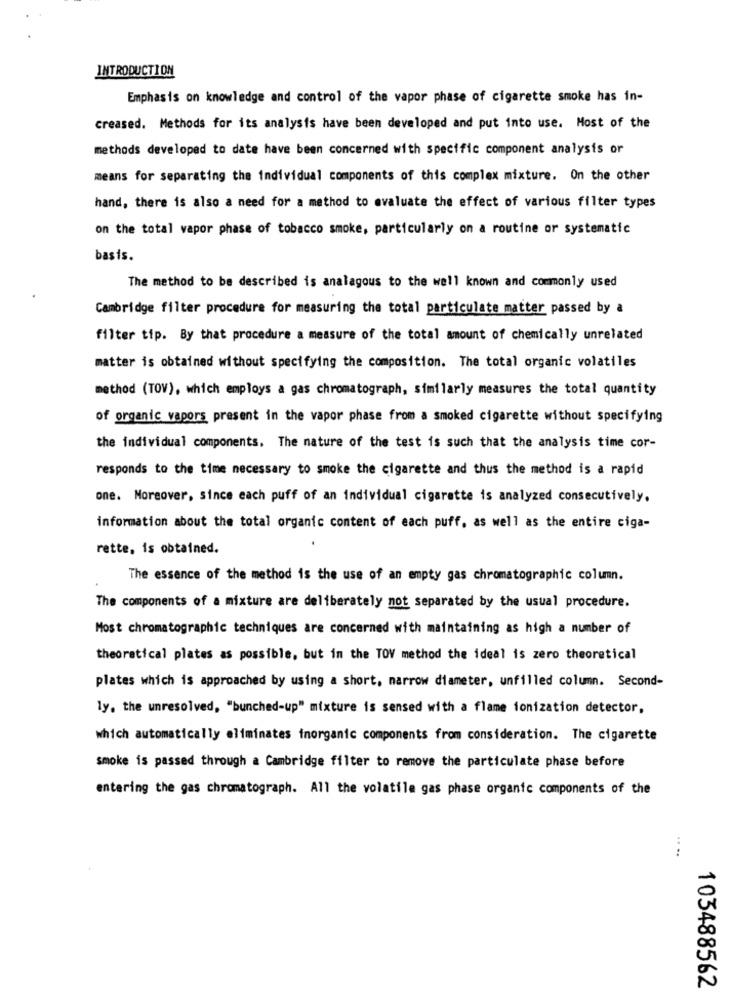
INTRODUCTION
Emphasis on knowledge and control of the vapor phase of cigarette smoke has in-
creased. Methods for its analysis have been developed and put into use. Most of the
methods developed to date have been concerned with specific component analysis or
means for separating the individual components of this complex mixture. On the other
hand, there is also a need for a method to evaluate the effect of various filter types
on the total vapor phase of tobacco smoke, particularly on a routine or systematic
basis.
The method to be described is analagous to the well known and commonly used
Cambridge filter procedure for measuring the total particulate matter passed by a
filter tip. By that procedure a measure of the total amount of chemically unrelated
matter is obtained without specifying the composition. The total organic volatiles
method (TOV), which employs a gas chromatograph, similarly measures the total quantity
of organic vapors present in the vapor phase from a smoked cigarette without specifying
the individual components. The nature of the test is such that the analysis time cor-
responds to the time necessary to smoke the cigarette and thus the method is a rapid
one. Moreover, since each puff of an individual cigarette is analyzed consecutively.
information about the total organic content of each puff, as well as the entire ciga-
rette, is obtained.
The essence of the method is the use of an empty gas chromatographic column.
The components of a mixture are deliberately not separated by the usual procedure.
Most chromatographic techniques are concerned with maintaining as high a number of
theoretical plates as possible, but in the TOV method the ideal is zero theoretical
plates which is approached by using a short, narrow diameter, unfilled column. Second-
ly. the unresolved, "bunched-up" mixture is sensed with a flame ionization detector,
which automatically eliminates inorganic components from consideration. The cigarette
smoke is passed through a Cambridge filter to remove the particulate phase before
entering the gas chromatograph. All the volatile gas phase organic components of the
....
103488562